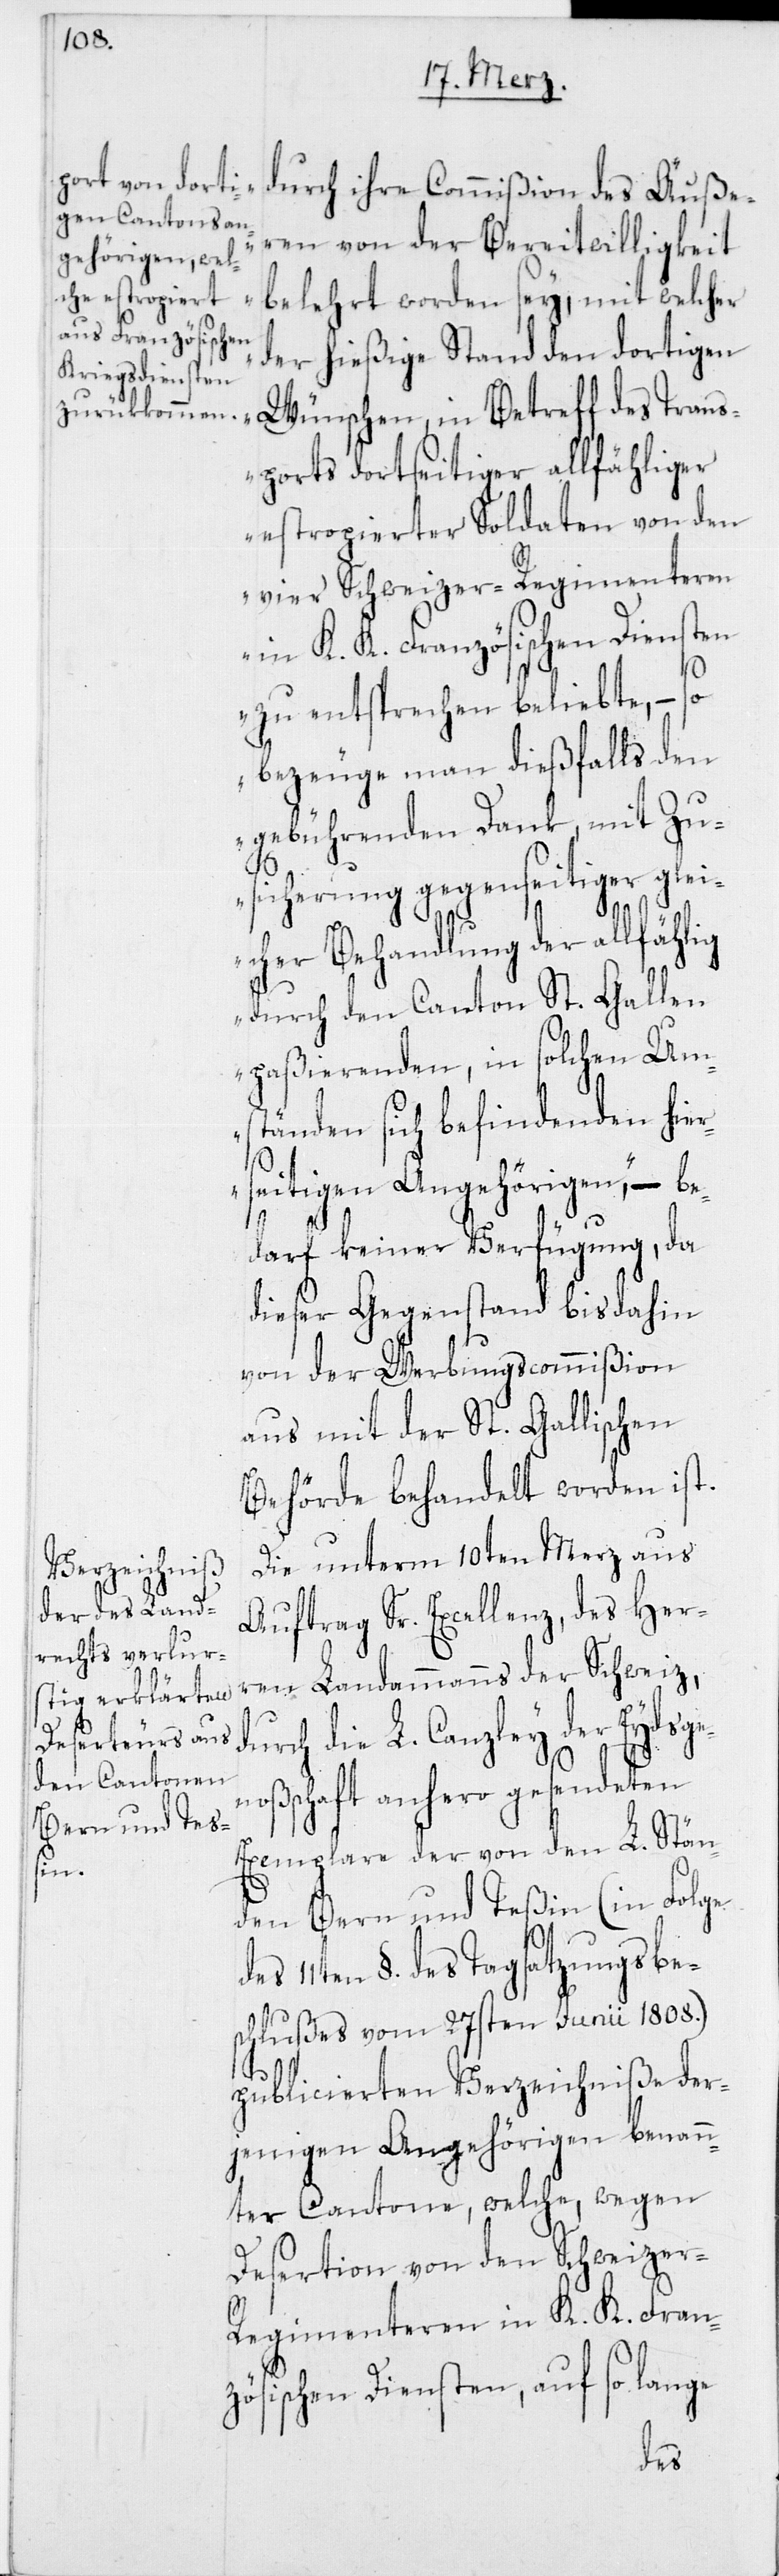
durch ihre Commißion des Äuße¬
ren von der Bereitwilligkeit
belehrt worden sey, mit welcher
der hießige Stand den dortigen
Wünschen, in Betreff des Tran¬
sports dortseitiger allfähliger
estropierter Soldaten von den
vier Schweizer-Regimenteren
in K. K. Französischen Diensten
zu entsprechen beliebte, – so
bezeuge man dießfalls den
gebührenden Dank, mit Zu¬
d¬
sicherung gegenseitiger glei¬
cher Behandlung der allfählig
durch den Canton St. Gallen
paßierenden, in solchen Um¬
ständen sich befindenden hier¬
seitigen Angehörigen“, – be¬
darf keiner Verfügung, da
dieser Gegenstand bis dahin
von der Werbungscommißion
aus mit der St. Gallischen
Behörde behandelt worden ist.
Die unterm 10ten Merz aus
Auftrag Sr. Excellenz, des Her¬
ren Landammanns der Schweiz,
urch die L. Canzley der Eydsge¬
noßschaft anhero gesendeten
Exemplare der von den L. Stän¬
den Bern und Teßin (in Folge
11ten §. des Tagsatzungsbe¬
schlußes vom 27sten Junii 1808.)
publicierten Verzeichniße der¬
jenigen Angehörigen benann¬
ter Cantone, welche, wegen
Desertion von den Schweizer
Regimenteren in K. K. Fran¬
zösischen Diensten, auf so lange
des